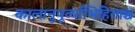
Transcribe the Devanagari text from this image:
कालानुपूर्व्याभिहिताश्च